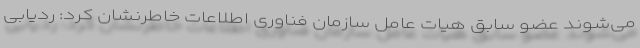
می‌شوند عضو سابق هیات عامل سازمان فناوری اطلاعات خاطرنشان کرد: ردیابی